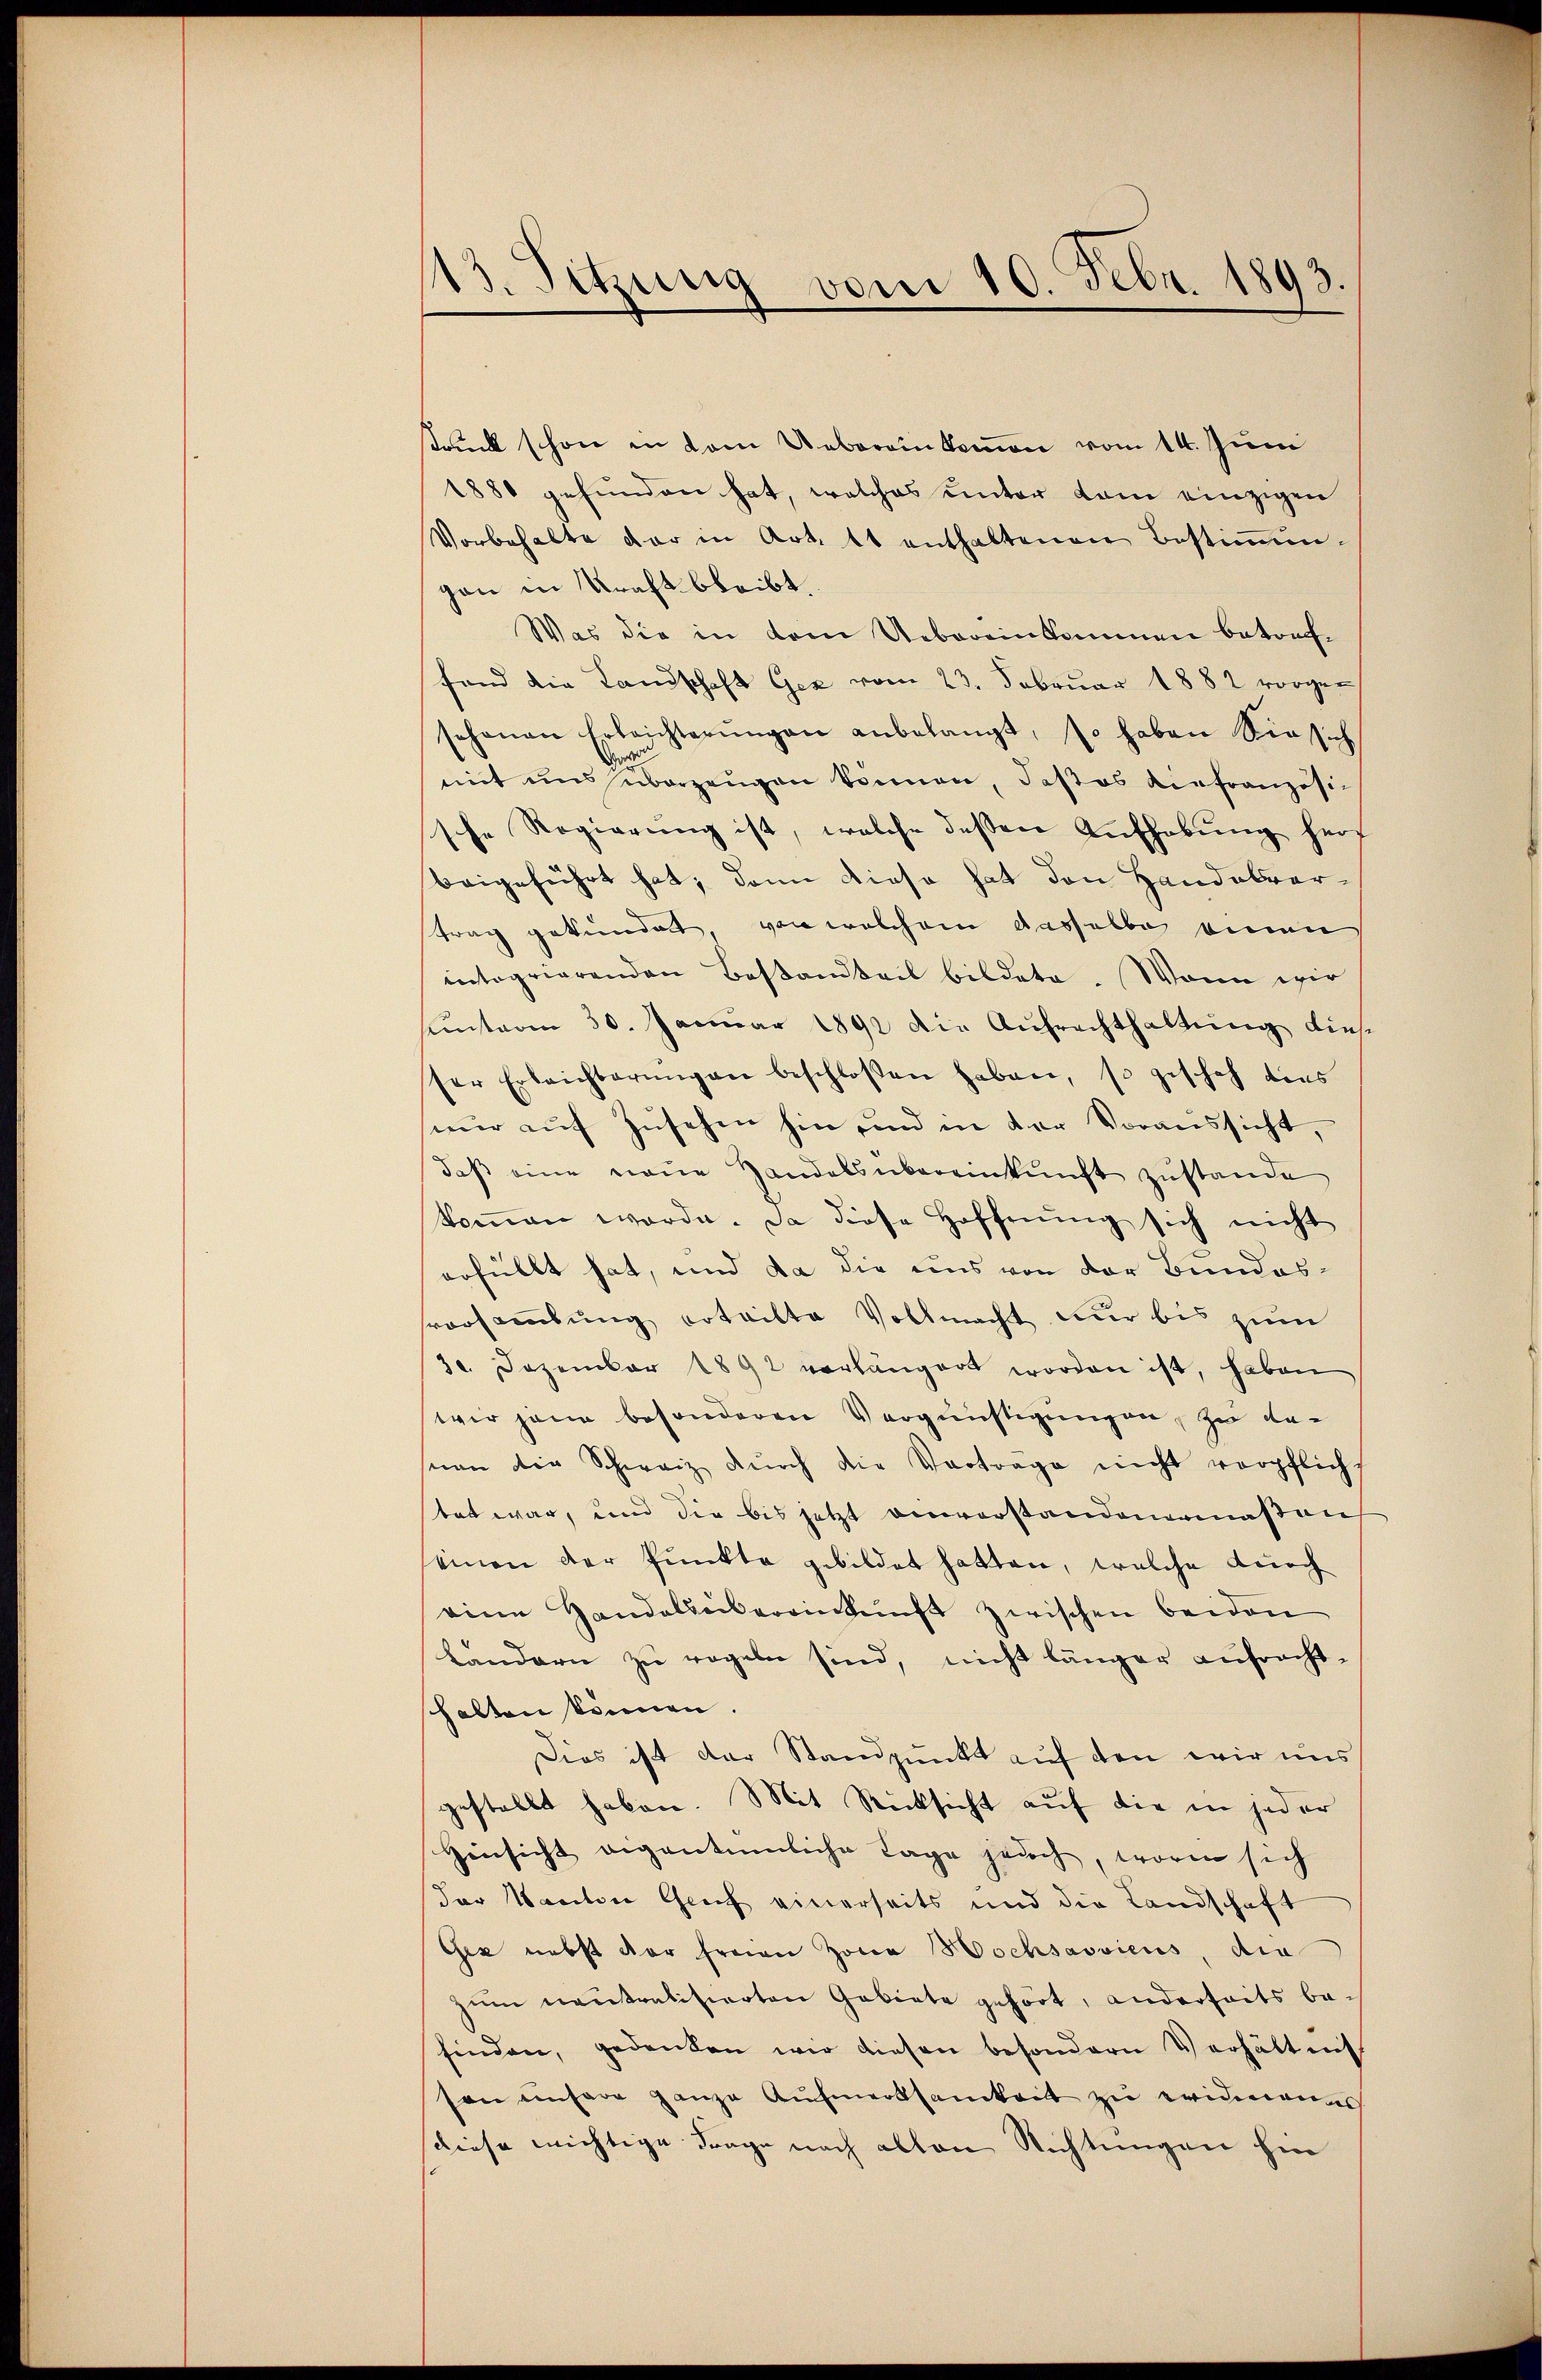
113. Sitzung vom 10. Febr. 1893.

struck schon in vom Uebereinkommen vom 14. Juni
1880 gefunden hat, welches unter dem einzigen
Vorbehalte der in Art. 11 enthaltenen Bestimmungen in Kraft bleibt.
Was die in dem Uebereinkommen betrach-
fand die Landschaft Gez vom 23. Februar 1882 vorge-
sohanen Erleichterŭngen anbelangt, so haben Sie sich
mit uns überzeugen können, daß es diefranzösi-
sche Regierŭng ist, welche dessen Aufhebung hers
beigeführt hat; dann dieso hat den Handelvertrag gekundet, von welchem dasselbe einen
integrierenden Bestandteil bildete. Wann wir
sunterm 30. Januar 1891 die Aufrechthaltung dies
ser Erleichbarŭngen beschloßen haben, so gescheh dies
nur auf Zusehen hin und in der Voraussicht,
daβ eine neue Handelsübereinkunft zustande
koṁen werde. Da diese Hoffnung sich nicht
erfüllt hat, und da die uns von der Bundesvorsterbung erteilte Vollmacht nur bis zum
30. Dezember 1892 verlängert worden ist, haben
wir jene besonderen Vergnüstigungen, zu dan
sman die Schweiz dŭrch die Vortrage nicht verpflicht
stet war, und die bis jetzt einverstandenermaßen
einen der Punkte gebildet hatten, welche durch
eine Handelsübereinkunft zwischen beiden
Landern zu regeln sind, nicht länger aufracht-
halten können.
Dies ist der Standpunkt auf den wir uns
gestellt haben. Mit Rücksicht auf die in jeder
Hinsicht eigentümliche Tage jedoch, worin sich
der Kanton Gruf einerseits und die Landschaft
Gez nebst der freien Zoria Hochsaoviens, die
zŭm neutralisierten Gebiete gehört, anderseits be-
finden, gedanken wir diesen besondern Verhältnis
son unsere ganze Aufmerksamkeit zu eridenene
diese wichtige Frage nach allen Richtungen her